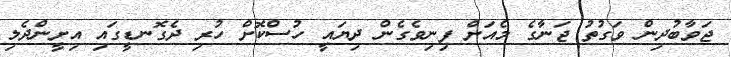
ޖަވާބުދިން ވަގުތު ޖަނާގެ މެއަށް ފިނިވެގެން ދިޔައީ ހުސްކޮށް ހުރި ދެގޮނޑީގައި އިށީންދެލި